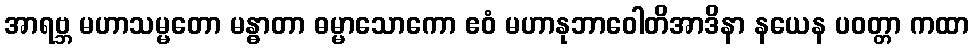
အာရဗ္ဘ မဟာသမ္မတော မန္ဓာတာ ဓမ္မာသောကော ဧဝံ မဟာနုဘာဝေါတိအာဒိနာ နယေန ပဝတ္တာ ကထာ